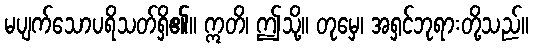
မပျက်သောပရိသတ်ရှိ၏။ ဣတိ၊ ဤသို့။ တုမှေ၊ အရှင်ဘုရားတို့သည်။